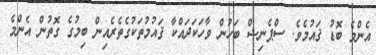
އެންމެ ބޮޑު ޤައުމެވެ. ސްޕެނިޝް ބަހުން ވާހަކަދައްކާ ޤައުމުތަކުގެތެރެއިން ބިމުގެ ގޮތުން އެންމެ